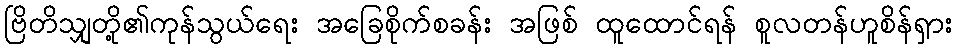
ဗြိတိသျှတို့၏ကုန်သွယ်ရေး အခြေစိုက်စခန်း အဖြစ် ထူထောင်ရန် စူလတန်ဟူစိန်ရှား